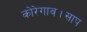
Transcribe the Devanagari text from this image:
कोरेगाव।साप